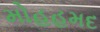
મોહહમદ